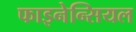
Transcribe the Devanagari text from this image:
फाइनेन्सियल